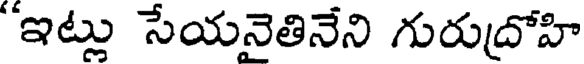
"ఇట్లు సేయనైతినేని గురుదోహి